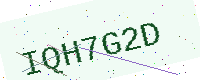
Text: IQH7G2D